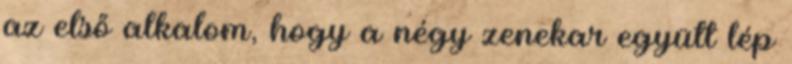
az első alkalom, hogy a négy zenekar együtt lép